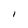
Character: i